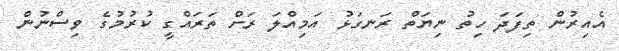
އެއިރުން ތިފަދަ ހިތު ނިޔަތް ރަނގަޅު އަމިއްލަ ރަށް ތަރައްގީ ކުރުުމުގެ ވިސްނުން